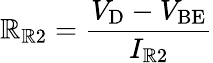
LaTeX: \mathbb{R}_{\mathrm{{\mathbb{R}2}}}={\frac{{V_{\mathrm{{D}}}-V_{\mathrm{{BE}}}}}{{I_{\mathrm{{\mathbb{R}2}}}}}}